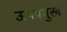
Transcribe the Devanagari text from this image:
ऊपप्रमुख